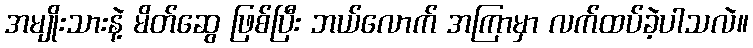
အမျိုးသားနဲ့ မိတ်ဆွေ ဖြစ်ပြီး ဘယ်လောက် အကြာမှာ လက်ထပ်ခဲ့ပါသလဲ။